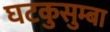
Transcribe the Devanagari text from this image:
घटकुसुम्बा